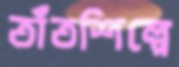
তাঁতশিল্পে